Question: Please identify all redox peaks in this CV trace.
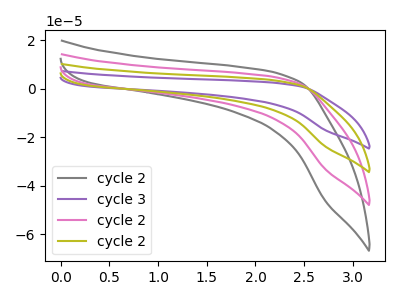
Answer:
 <answer>The gray curve "cycle 2" has no peaks. The purple curve "cycle 3" has no peaks. The pink curve "cycle 2" has no peaks. The olive curve "cycle 2" has no peaks.</answer>
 <eval></eval>